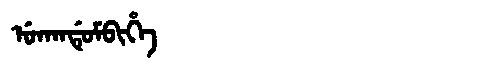
Manchu: ᡠᡴᠠᠨᡩᡠᠮᠪᡳᡥᡝ
Romanization: UKANDUMBIHE